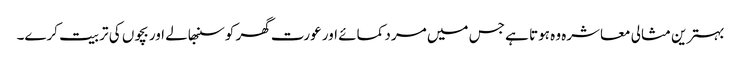
بہترین مثالی معاشرہ وہ ہوتا ہے جس میں مرد کمائے اور عورت گھر کو سنبھالے اور بچوں کی تربیت کرے۔